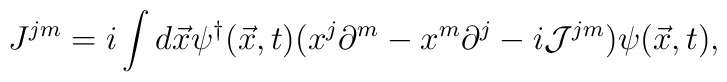
J^{jm} = i \int d\vec{x} \psi^{\dag}(\vec{x},t) (x^{j} \partial^{m} -              x^{m} \partial^{j} - i {\cal J}^{jm} ) \psi(\vec{x},t),